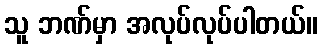
သူ ဘဏ်မှာ အလုပ်လုပ်ပါတယ်။